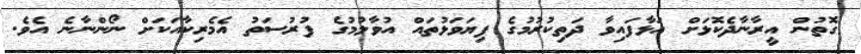
ގޮތުން އީރާނާދެކޮޅަށް އަޅާފައިވާ ދަތިކުރުމުގެ ފިޔަވަޅުތައް އުވާލުމުގެ ފުރުސަތު އެމެރިކާއަކަށް ނޯންނާނެ އެވެ.